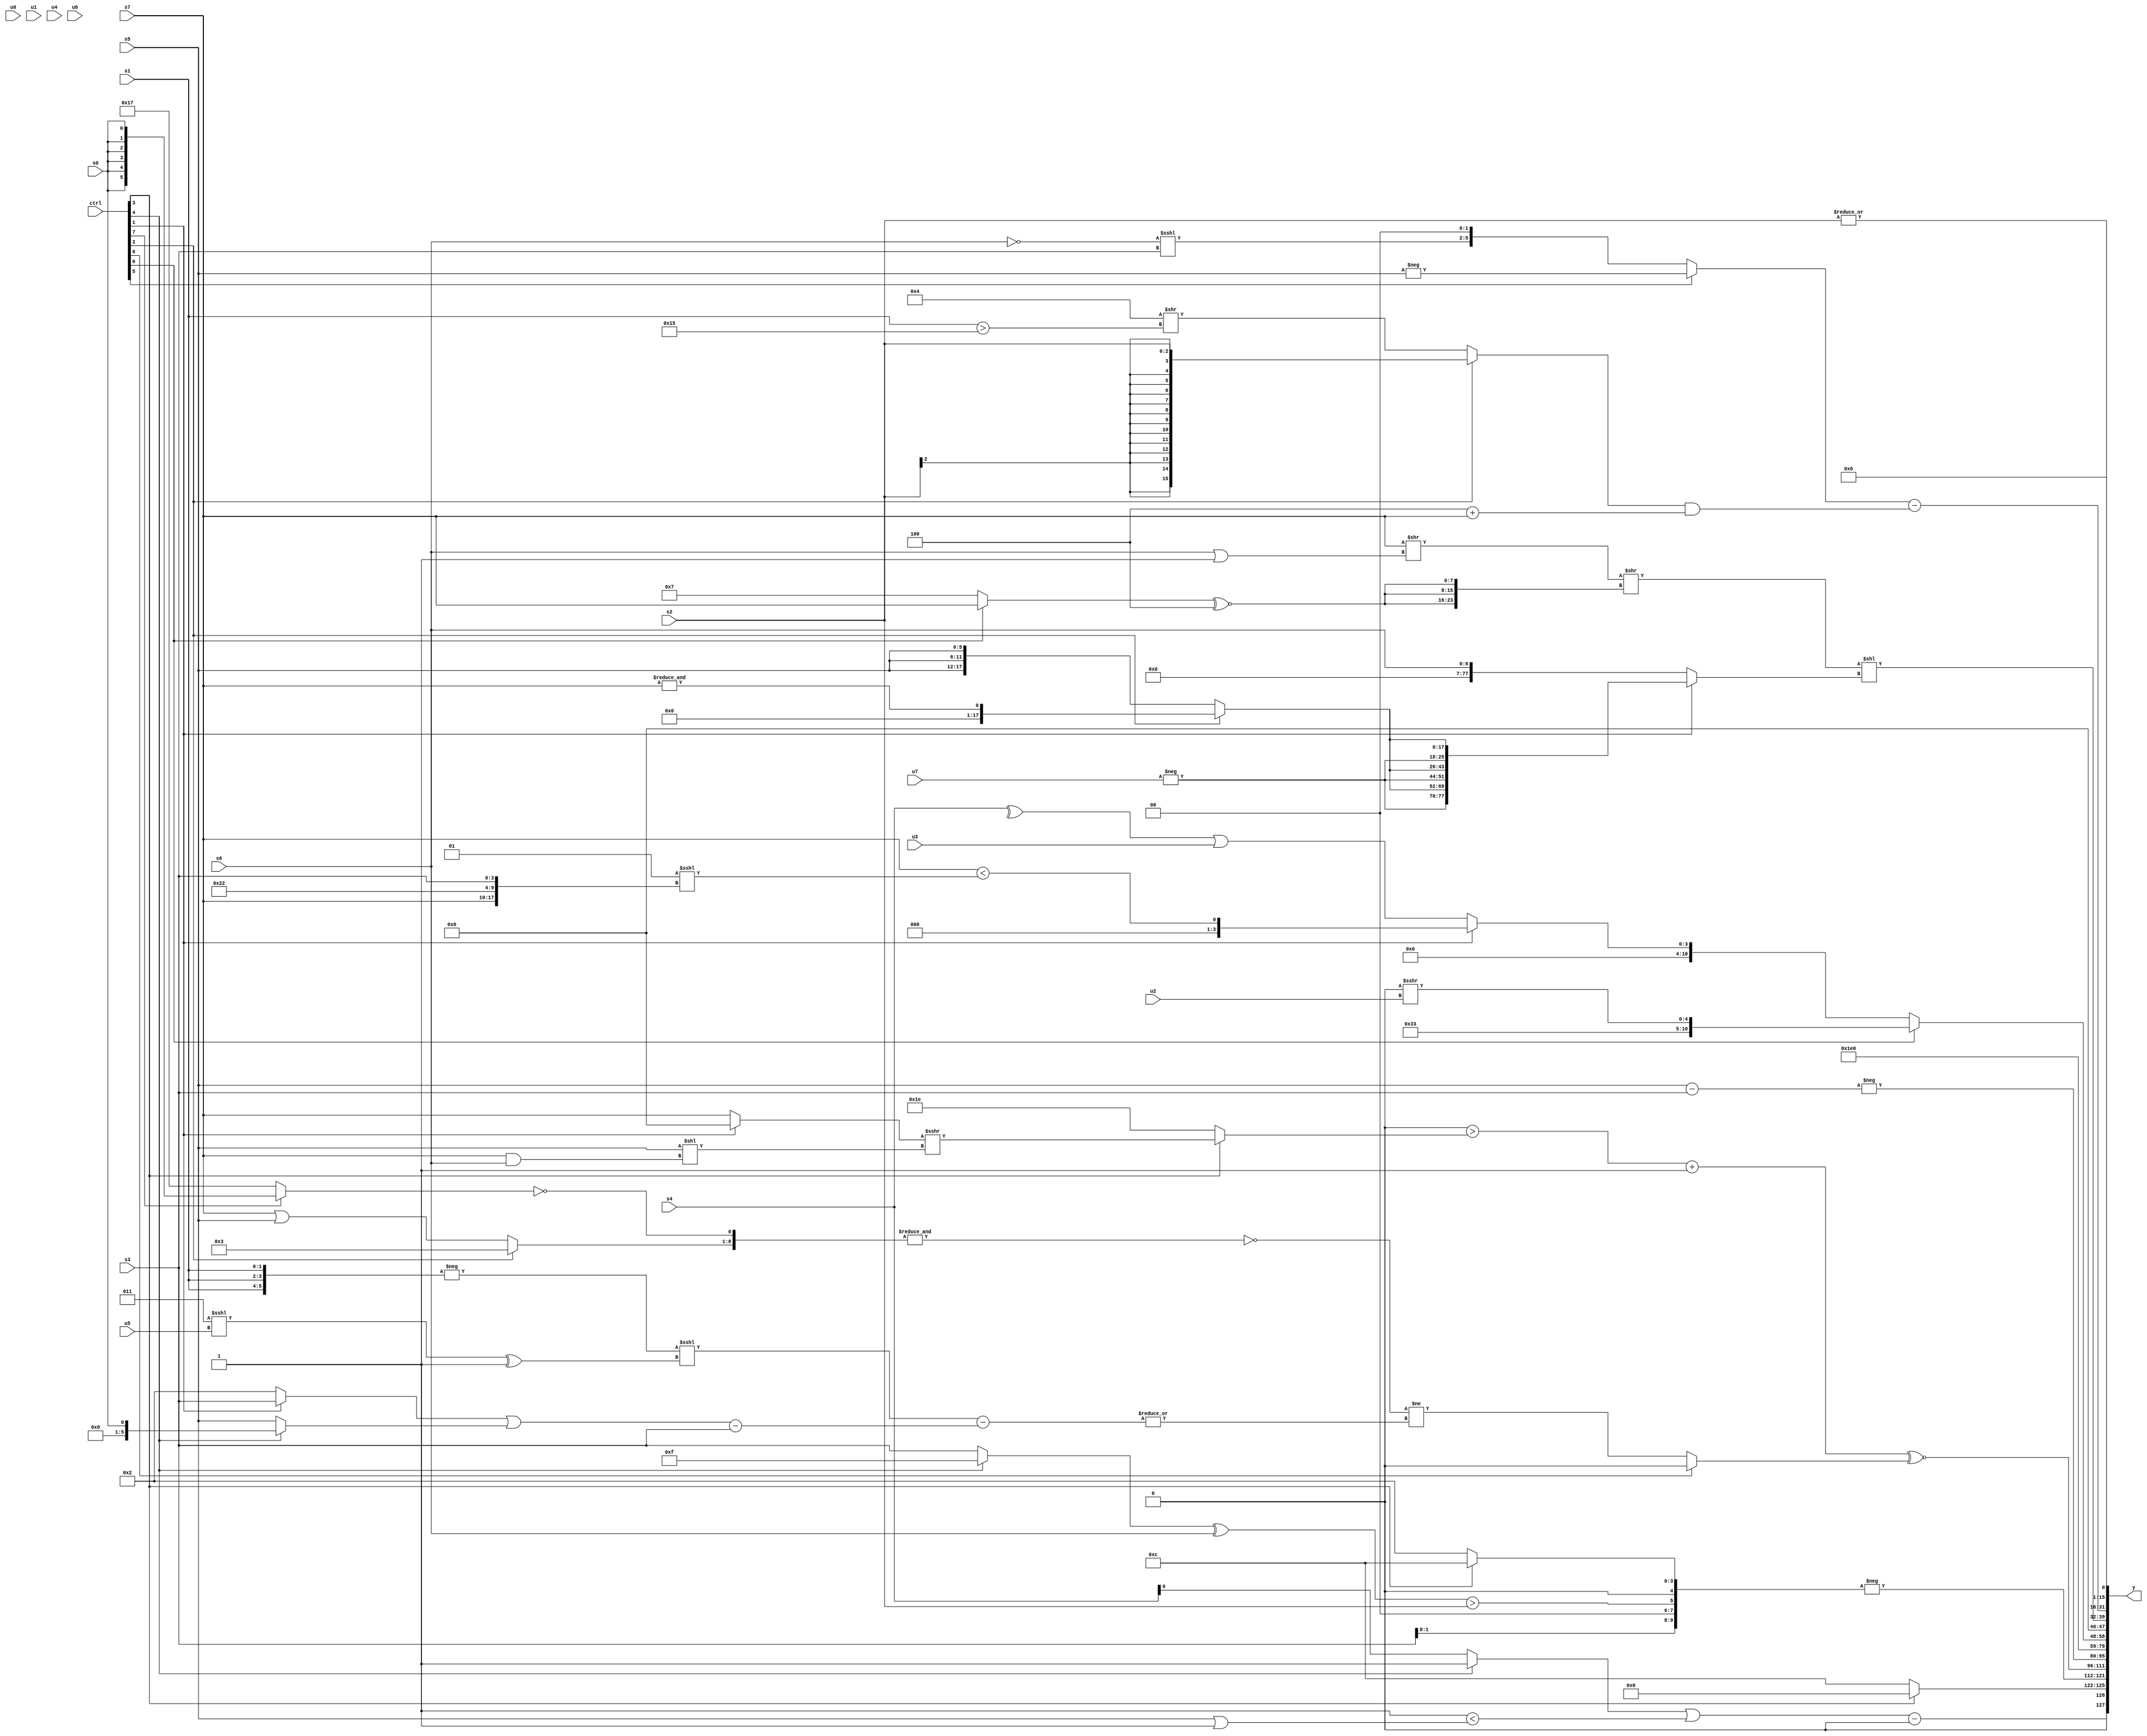
module wideexpr_00440(ctrl, u0, u1, u2, u3, u4, u5, u6, u7, s0, s1, s2, s3, s4, s5, s6, s7, y);
  input [7:0] ctrl;
  input [0:0] u0;
  input [1:0] u1;
  input [2:0] u2;
  input [3:0] u3;
  input [4:0] u4;
  input [5:0] u5;
  input [6:0] u6;
  input [7:0] u7;
  input signed [0:0] s0;
  input signed [1:0] s1;
  input signed [2:0] s2;
  input signed [3:0] s3;
  input signed [4:0] s4;
  input signed [5:0] s5;
  input signed [6:0] s6;
  input signed [7:0] s7;
  output [127:0] y;
  wire [15:0] y0;
  wire [15:0] y1;
  wire [15:0] y2;
  wire [15:0] y3;
  wire [15:0] y4;
  wire [15:0] y5;
  wire [15:0] y6;
  wire [15:0] y7;
  assign y = {y0,y1,y2,y3,y4,y5,y6,y7};
  assign y0 = {(((ctrl[4]?+($unsigned(1'b1)):s4))|(+(((2'sb11)+(3'sb000))<((s5)|(1'sb1)))))-(-(2'sb10)),(ctrl[3]?((1'sb0)<<<(4'sb0010))>>({{3{(s6)<<(5'sb01100)}}}):5'sb01100),-({(s3)<<<(+((3'sb010)&(1'sb1))),(((ctrl[4]?1'sb1:s3))^($signed(s6)))>(s2),$signed(+((ctrl[3]?5'b01100:4'b0010)))})};
  assign y1 = (((3'sb000)>($signed((ctrl[3]?((ctrl[1]?(5'sb10010)<<(6'b011001):s7))>>>((s5)<<((s7)&(s6))):6'sb011110))))+(3'b001))^~((ctrl[6]?({(ctrl[1]?($unsigned((3'sb000)>>(4'sb0011)))<<<(s0):{1{$signed(s1)}}),$unsigned(s3)})>>>({{2{+(3'sb001)}}}):(~&($signed({(ctrl[2]?-(3'sb101):(s7)|(s5)),!((ctrl[7]?s0:6'sb010111))})))!=(|(((-({3{s1}}))<<<(((3'sb011)<<<(u5))^(2'sb11)))-((((ctrl[1]?s3:3'sb010))|((ctrl[4]?s0:s5)))-(s3))))));
  assign y2 = +(-(+((s5)-(s3))));
  assign y3 = 6'sb001111;
  assign y4 = (ctrl[0]?$unsigned({1{{(1'sb0)+(6'b110011),(5'b00000)>>>(u2)}}}):(ctrl[1]?(s7)<((+(2'sb01))<<<({s7,6'sb100010,s3})):{(^(s4))|($unsigned(u3))}));
  assign y5 = {($signed(((s7)>>(($signed(s6))|((ctrl[1]?2'sb11:1'sb1))))>>({3{((ctrl[0]?s7:6'sb000111))^~(4'sb1100)}})))<<((ctrl[1]?{3{{-((ctrl[2]?u7:u7)),(ctrl[2]?&(s7):{3{s5}})}}}:s6))};
  assign y6 = ($signed((ctrl[5]?-(s5):((+(({3{4'sb0000}})==(s6)))<<<(s3))<<<(2'sb10))))-(((ctrl[2]?(ctrl[2]?s2:$signed(($signed(~|((6'sb011000)<<(s7))))&((ctrl[7]?(s0)<<<((ctrl[0]?1'sb0:s3)):($signed(u3))<<<((4'sb1111)>>>(s2)))))):(4'sb0100)>>((s1)>(6'sb110101))))&((4'sb1100)+(s7)));
  assign y7 = {~|(2'b01),$signed($unsigned(|(s2)))};
endmodule